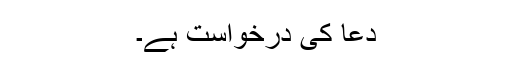
دعا کی درخواست ہے۔